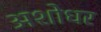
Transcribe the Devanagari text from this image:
अशोधर